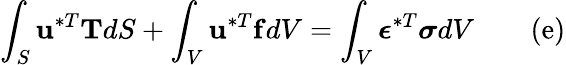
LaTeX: \int_{S}\mathbf{u}^{*T}\mathbf{T}dS+\int_{V}\mathbf{u}^{*T}\mathbf{f}dV=\int_{V}{\boldsymbol{\epsilon}}^{*T}{\boldsymbol{\sigma}}dV\qquad\mathrm{(e)}